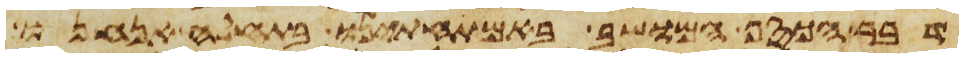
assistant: דבר הכסף המושב באמתחתינו בתחלה אנחנו